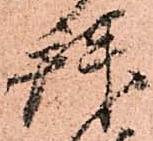
拝